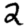
Digit: 2